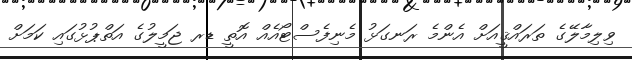
ވިލިމާލޭގެ ތަރައްޤީއަށް އެންމެ ރަނގަޅު މެނިފެސްޓޯއެއް އޮތީ ޑރ ޖަމީލުގެ އަތްޕުޅުގައި ކަމަށް